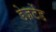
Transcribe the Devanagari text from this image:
डेज़र्टेड